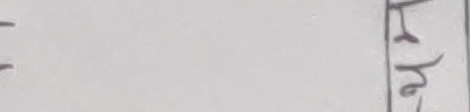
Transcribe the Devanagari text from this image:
यहा